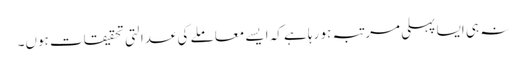
نہ ہی ایسا پہلی مرتبہ ہو رہا ہے کہ ایسے معاملے کی عدالتی تحقیقات ہوں۔